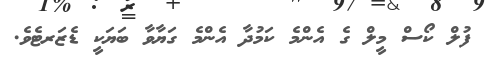
ފުލް ކޯސް މީލް ގެ އެންމެ ކަމުދާ އެންމެ ގަޔާވާ ބަޔަކީ ޑެޒަރޓެވެ.